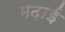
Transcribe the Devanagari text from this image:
मढ़ाई